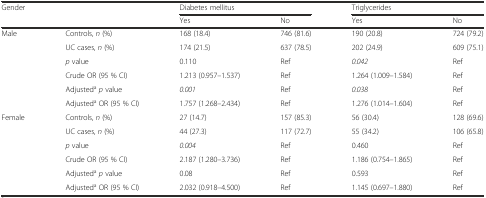
| <ROWSPAN=2> Gender | <ROWSPAN=2>  | <COLSPAN=2> Diabetes mellitus | <COLSPAN=2> Triglycerides |
 | Yes | No | Yes | No |
 | --- | --- | --- | --- | --- | --- |
 | <ROWSPAN=6> Male | Controls, n (%) | 168 (18.4) | 746 (81.6) | 190 (20.8) | 724 (79.2) |
 | UC cases, n (%) | 174 (21.5) | 637 (78.5) | 202 (24.9) | 609 (75.1) |
 | p value | 0.110 | Ref | 0.042 | Ref |
 | Crude OR (95 % CI) | 1.213 (0.957–1.537) | Ref | 1.264 (1.009–1.584) | Ref |
 | Adjustedap value | 0.001 | Ref | 0.038 | Ref |
 | Adjusteda OR (95 % CI) | 1.757 (1.268–2.434) | Ref | 1.276 (1.014–1.604) | Ref |
 | <ROWSPAN=6> Female | Controls, n (%) | 27 (14.7) | 157 (85.3) | 56 (30.4) | 128 (69.6) |
 | UC cases, n (%) | 44 (27.3) | 117 (72.7) | 55 (34.2) | 106 (65.8) |
 | p value | 0.004 | Ref | 0.460 | Ref |
 | Crude OR (95 % CI) | 2.187 (1.280–3.736) | Ref | 1.186 (0.754–1.865) | Ref |
 | Adjustedap value | 0.08 | Ref | 0.593 | Ref |
 | Adjusteda OR (95 % CI) | 2.032 (0.918–4.500) | Ref | 1.145 (0.697–1.880) | Ref |